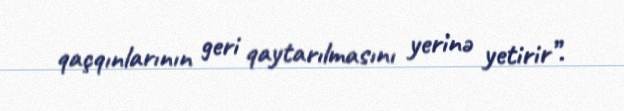
qaçqınlarının geri qaytarılmasını yerinə yetirir”.